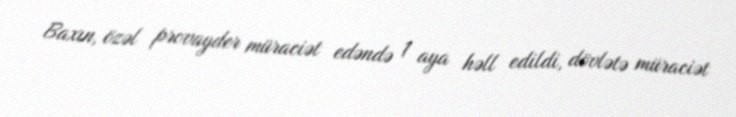
Baxın, özəl provayder müraciət edəndə 1 aya həll edildi, dövlətə müraciət